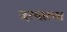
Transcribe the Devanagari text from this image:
दरबारचा